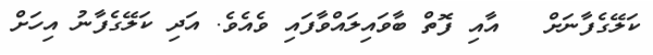
ކަލޭގެފާނަށް   އާއި ފޮތް ބާވައިލައްވާފައި ވެއެވެ. އަދި ކަލޭގެފާނު އިހަށް